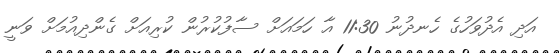
އަދި އެދުވަހުގެ ހެނދުނު 11:30 އާ ހަމައަށް ސާފުކުރުން ކުރިއަށް ގެންދިއުމަށް ވަނީ